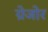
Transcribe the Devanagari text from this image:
ग्रेजोर